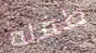
طفله